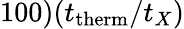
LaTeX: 100)(t_{\mathrm{therm}}/t_{X})